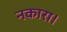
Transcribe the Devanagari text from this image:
नकारा।